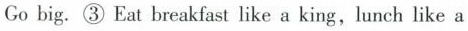
Go big.③ Eat breakfast like a king,lunch like a